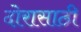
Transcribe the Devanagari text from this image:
दोरासाठी